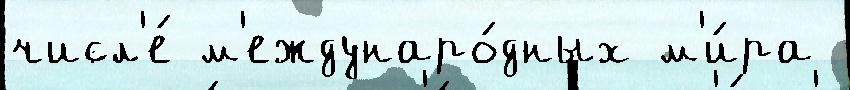
числ'е́ м'еждунаро́дных м'и́ра